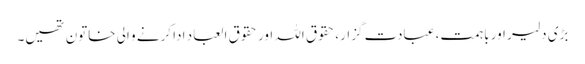
بڑی دلیر اور باہمت، عبادت گزار، حقوق اللہ اور حقوق العباد ادا کرنے و الی خاتون تھیں۔